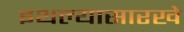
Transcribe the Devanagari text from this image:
इथल्यासारखे